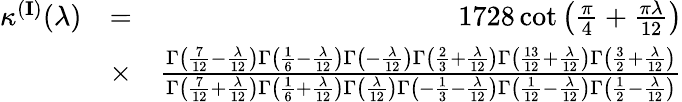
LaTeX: \begin{array}{rlr}{\kappa^{({\mathbf I})}(\lambda)}&{=}&{1728\cot\left(\frac{\pi}{4}+\frac{\pi\lambda}{12}\right)}\\ &{\times}&{\frac{\Gamma\left(\frac{7}{12}-\frac{\lambda}{12}\right)\Gamma\left(\frac{1}{6}-\frac{\lambda}{12}\right)\Gamma\left(-\frac{\lambda}{12}\right)\Gamma\left(\frac{2}{3}+\frac{\lambda}{12}\right)\Gamma\left(\frac{13}{12}+\frac{\lambda}{12}\right)\Gamma\left(\frac{3}{2}+\frac{\lambda}{12}\right)}{\Gamma\left(\frac{7}{12}+\frac{\lambda}{12}\right)\Gamma\left(\frac{1}{6}+\frac{\lambda}{12}\right)\Gamma\left(\frac{\lambda}{12}\right)\Gamma\left(-\frac{1}{3}-\frac{\lambda}{12}\right)\Gamma\left(\frac{1}{12}-\frac{\lambda}{12}\right)\Gamma\left(\frac{1}{2}-\frac{\lambda}{12}\right)}}\end{array}